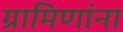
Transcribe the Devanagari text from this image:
ग्रामिणांना